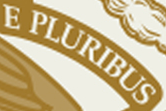
E PLURIBUS